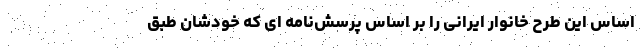
اساس این طرح خانوار ایرانی را بر اساس پرسش‌نامه ای که خودشان طبق